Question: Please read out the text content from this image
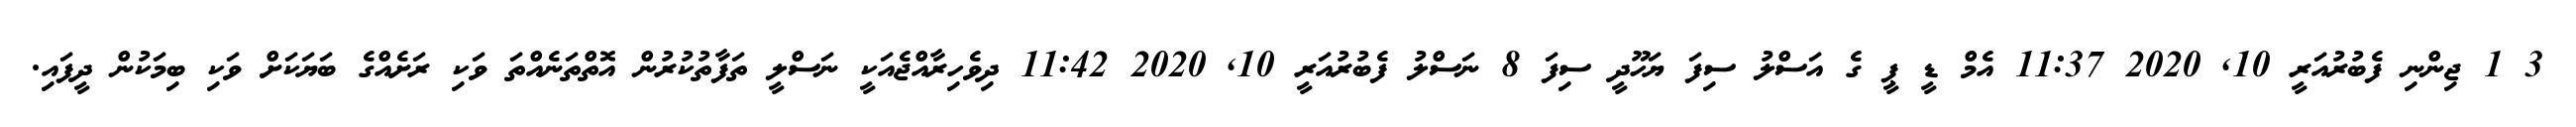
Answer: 3 1 ޖިންނި ފެބުރުއަރީ 10, 2020 11:37 އެމް ޑީ ޕީ ގެ އަސްލު ސިފަ ޔަހޫދީ ސިފަ 8 ނަސްލު ފެބުރުއަރީ 10, 2020 11:42 ދިވެހިރާއްޖެއަކީ ނަސްލީ ތަފާތުކުރުން އޮތްތަނެއްތަ ވަކި ރަށެއްގެ ބަޔަކަށް ވަކި ބިމަކުން ދީފައި.